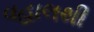
વહાલથી